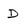
Character: D